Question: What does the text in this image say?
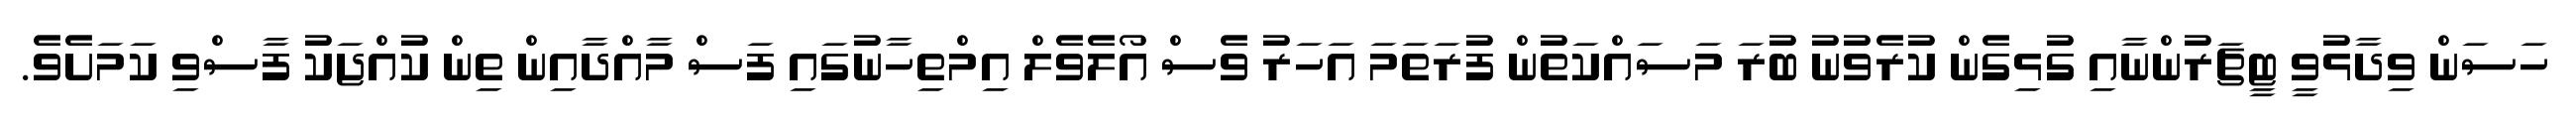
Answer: ހަސަން ވިދާޅުވީ ޓީޗަރުންނާއި ގުޅިގެން ކުރެވުނު ބުރަ މަސައްކަތުން ފުރަތަމަ އަހަރު ވެސް އޯލެވެލް އިމްތިހާނުގައި ފަސް މާއްދާއިން ތިން ކުއްޖަކު ފާސްވި ކަމަށެވެ.